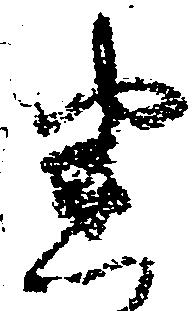
悉